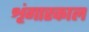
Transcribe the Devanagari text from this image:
शृंगारकाल